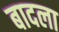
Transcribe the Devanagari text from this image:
बादला